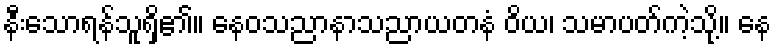
နီးသောရန်သူရှိ၏။ နေဝသညာနာသညာယတနံ ဝိယ၊ သမာပတ်ကဲ့သို့။ နေ